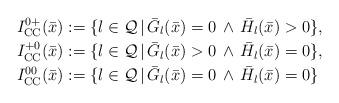
LaTeX: \begin{align*}I^{0+}_\textup{CC}(\bar x)&:=\{l\in\mathcal Q\,|\,\bar G_l(\bar x)=0\,\land\,\bar H_l(\bar x)>0\},\\I^{+0}_\textup{CC}(\bar x)&:=\{l\in\mathcal Q\,|\,\bar G_l(\bar x)>0\,\land\,\bar H_l(\bar x)=0\},\\I^{00}_\textup{CC}(\bar x)&:=\{l\in\mathcal Q\,|\,\bar G_l(\bar x)=0\,\land\,\bar H_l(\bar x)=0\}\end{align*}